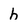
Character: h